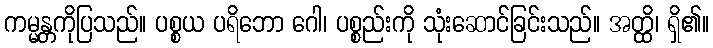
ကမ္မန္တကိုပြသည်။ ပစ္စယ ပရိဘော ဂေါ၊ ပစ္စည်းကို သုံးဆောင်ခြင်းသည်။ အတ္ထိ၊ ရှိ၏။